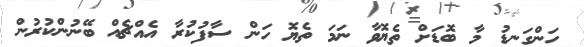
ހަންގަނޑު މާ ބޮޑަށް ތެޔޮވާ ނަމަ ތެޔޮ ހަން ސާފުކުރާ އެއްޗެއް ބޭނުންކުރުން